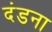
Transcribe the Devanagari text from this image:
दंडना